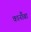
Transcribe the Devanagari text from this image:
कार्नौबा